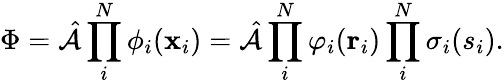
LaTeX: \Phi=\hat{\mathcal{A}}\prod_{i}^{N}\phi_{i}(\mathbf{x}_{i})=\hat{\mathcal{A}}\prod_{i}^{N}\varphi_{i}(\mathbf{r}_{i})\prod_{i}^{N}\sigma_{i}(s_{i}).